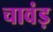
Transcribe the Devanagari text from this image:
चावंड़